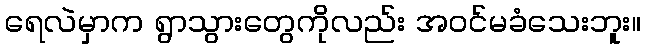
ရေလဲမှာက ရွာသွားတွေကိုလည်း အဝင်မခံသေးဘူး။